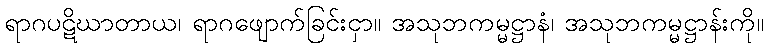
ရာဂပဋိဃာတာယ၊ ရာဂဖျောက်ခြင်းငှာ။ အသုဘကမ္မဋ္ဌာနံ၊ အသုဘကမ္မဋ္ဌာန်းကို။